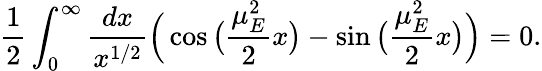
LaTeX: \frac{1}{2}\int_{0}^{\infty}\frac{dx}{x^{1/2}}\Big(\cos\big(\frac{\mu_{E}^{2}}{2}x\big)-\sin\big(\frac{\mu_{E}^{2}}{2}x\big)\Big)=0.